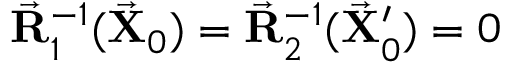
\vec { \bf R } _ { 1 } ^ { - 1 } ( \vec { \bf X } _ { 0 } ) = \vec { \bf R } _ { 2 } ^ { - 1 } ( \vec { \bf X } _ { 0 } ^ { \prime } ) = 0